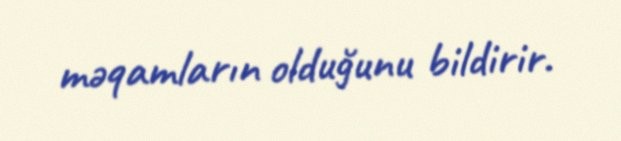
məqamların olduğunu bildirir.